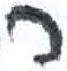
אות: ר